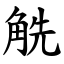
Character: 䚚